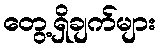
တွေ့ရှိချက်များ